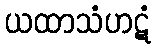
ယထာသံဟဋံ